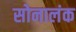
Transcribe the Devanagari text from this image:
सोनालंक